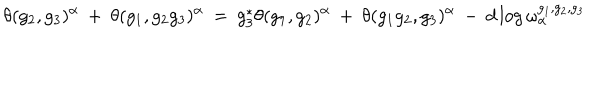
\theta ( g _ { 2 } , g _ { 3 } ) ^ { \alpha } \: + \: \theta ( g _ { 1 } , g _ { 2 } g _ { 3 } ) ^ { \alpha } \: = \: g _ { 3 } ^ { * } \theta ( g _ { 1 } , g _ { 2 } ) ^ { \alpha } \: + \: \theta ( g _ { 1 } g _ { 2 } , g _ { 3 } ) ^ { \alpha } \: - \: d \log \omega _ { \alpha } ^ { g _ { 1 } , g _ { 2 } , g _ { 3 } }